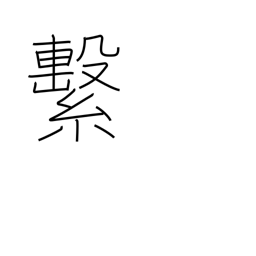
Meaning: attach